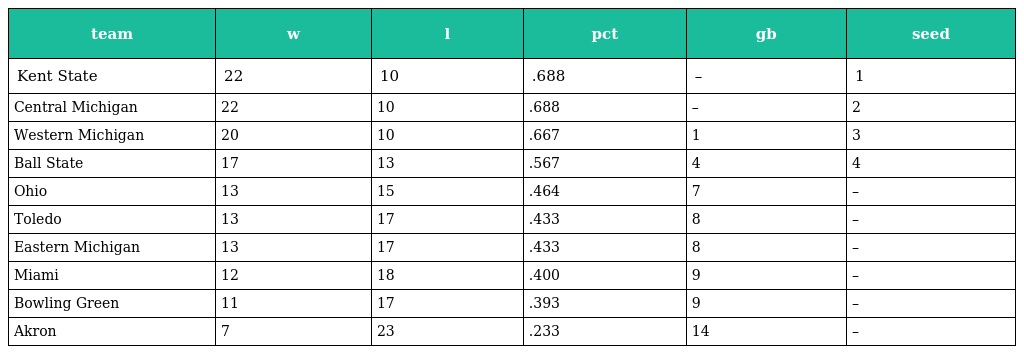
| team | w | l | pct | gb | seed |
 | --- | --- | --- | --- | --- | --- |
 | Kent State | 22 | 10 | .688 | – | 1 |
 | Central Michigan | 22 | 10 | .688 | – | 2 |
 | Western Michigan | 20 | 10 | .667 | 1 | 3 |
 | Ball State | 17 | 13 | .567 | 4 | 4 |
 | Ohio | 13 | 15 | .464 | 7 | – |
 | Toledo | 13 | 17 | .433 | 8 | – |
 | Eastern Michigan | 13 | 17 | .433 | 8 | – |
 | Miami | 12 | 18 | .400 | 9 | – |
 | Bowling Green | 11 | 17 | .393 | 9 | – |
 | Akron | 7 | 23 | .233 | 14 | – |